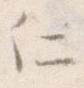
に